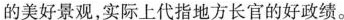
的美好景观，实际上代指地方长官的好政绩。